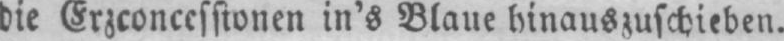
die Erzconcessionen in’s Blaue hinauszuschieben.